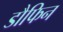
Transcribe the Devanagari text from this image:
डौफिन